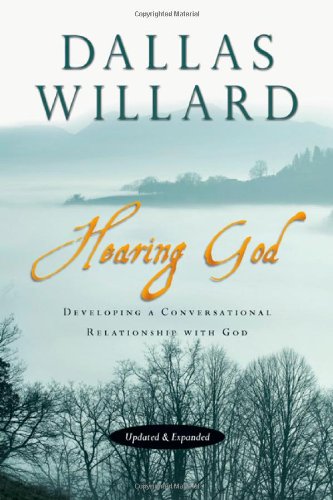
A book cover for Hearing God: Developing a Conversational Relationship with God; Dallas Willard; Self-Help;